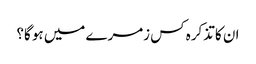
ان کا تذکرہ کس زمرے میں ہو گا؟